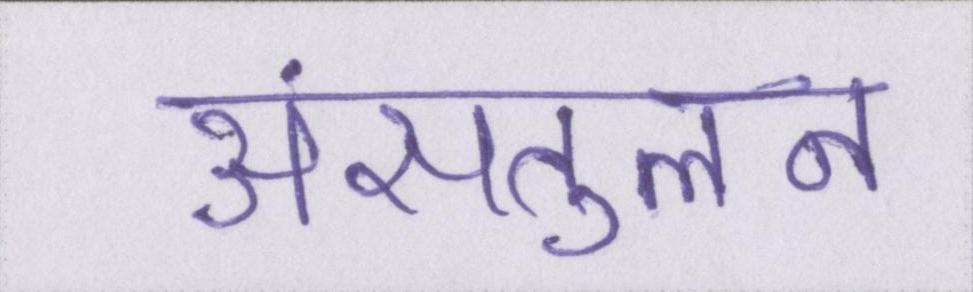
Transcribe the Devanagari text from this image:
असंतुलन